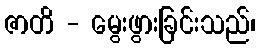
ဇာတိ - မွေးဖွားခြင်းသည်၊